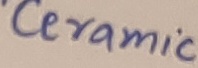
Text: *Ceramic